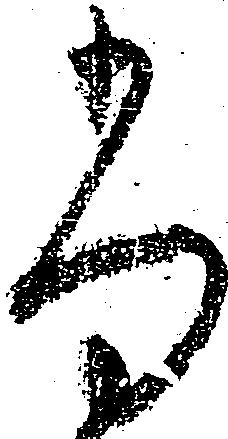
尚